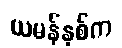
ယမန်နှစ်က